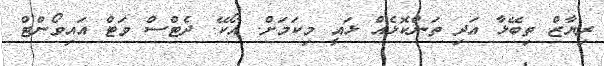
ރިޔާޒް ތިބޭޅާ އަދި ތަންކޮޅެއް ޅައީ މިކަމަށް. އޯކޭ. ދެޓްސް ވަޓް އައިވޯންޓް